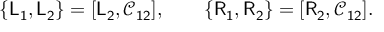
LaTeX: \{ \mathsf { L _ { 1 } } , \mathsf { L _ { 2 } } \} = [ \mathsf { L _ { 2 } } , \mathsf { \mathcal { C } _ { 1 2 } } ] , \qquad \{ \mathsf { R _ { 1 } } , \mathsf { R _ { 2 } } \} = [ \mathsf { R _ { 2 } } , \mathsf { \mathcal { C } _ { 1 2 } } ] .